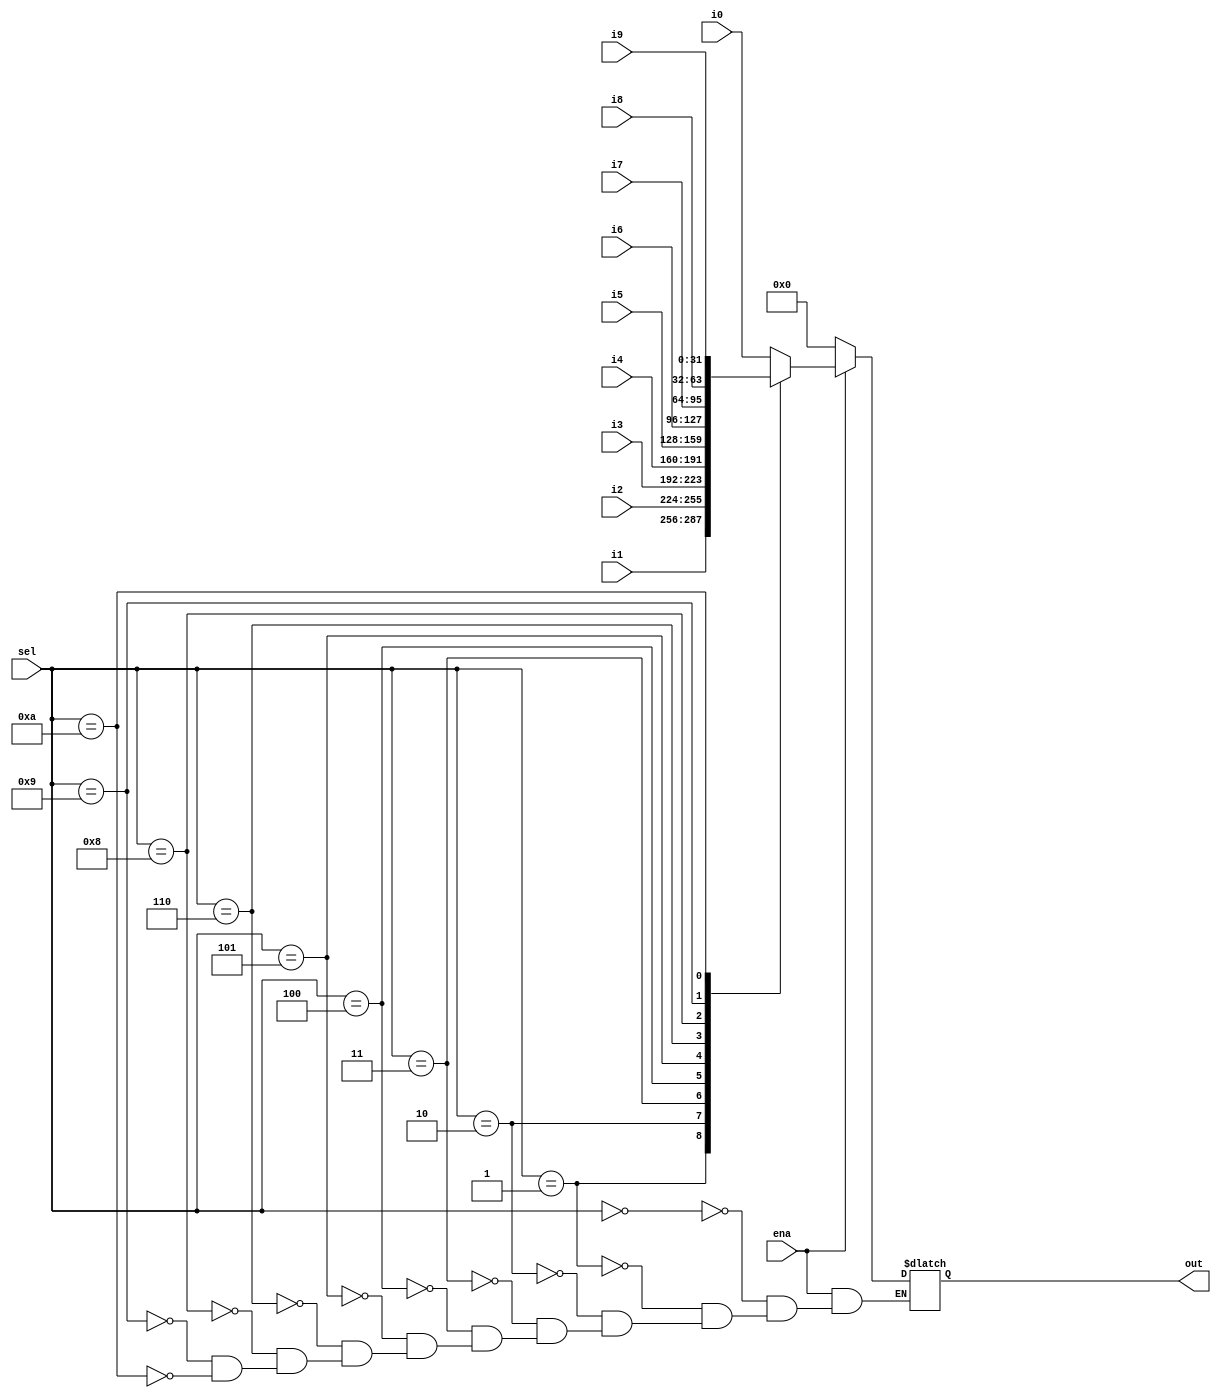
//==================================================================
// Systolic_Array_top module
//==================================================================
module row_mux
	#(parameter DATA_WIDTH = 32, DATA_SIZE = 8, DIM_SIZE = 4)
	(i0,
	 i1,
	 i2,
	 i3,
	 i4,
	 i5,
	 i6,
	 i7,
	 i8,
	 i9,
	 sel,
	 ena,
	 out); // port list
	
	//==================================================================
	// Declarations
	//==================================================================
	
	// I/O declarations
	input wire [DATA_WIDTH-1:0]i0; // 
	input wire [DATA_WIDTH-1:0]i1; // 
	input wire [DATA_WIDTH-1:0]i2; //
	input wire [DATA_WIDTH-1:0]i3; //
	input wire [DATA_WIDTH-1:0]i4; // 
	input wire [DATA_WIDTH-1:0]i5; // 
	input wire [DATA_WIDTH-1:0]i6; // 
	input wire [DATA_WIDTH-1:0]i7; // 
	input wire [DATA_WIDTH-1:0]i8; // 
	input wire [DATA_WIDTH-1:0]i9; // 
	input wire [3:0]sel; //write enable
	input wire ena; //write enable

	
	output reg [DATA_WIDTH-1:0]out; // done bit
	// end I/O declarations
	
	// inner wiring declarations

	// end inner wiring declarations
	
	//inner registers declarations

	initial begin
		
		out[DATA_WIDTH-1:0] = 0;
		
		
	end 
	
	//end inner registers declarations
	//assign initial values

	//end assigning initial values

	//==================================================================
	// End Declarations
	//==================================================================
	
	//==================================================================
	// Structural coding
	//==================================================================

	//==================================================================
	// End Structural coding
	//==================================================================
	
	
	//==================================================================
	// Structural Behavior
	//==================================================================
	
	always @ * begin
		case (sel)
		4'b0000: 
			out = i0;
		4'b0001 :
			out = i1;
		4'b0010: 
			out = i2;
		4'b0011 :
			out = i3;
		4'b0100: 
			out = i4;
		4'b0101 :
			out = i5;
		4'b0110: 
			out = i6;
		4'b1000 :
			out = i7;
		4'b1001 :
			out = i8;
		4'b1010 :
			out = i9;
		endcase
		if (!ena) begin
			out = 0;
		end
	end	
	//==================================================================
	// End Structural Behavior
	//==================================================================	

endmodule
//==================================================================
// End Systolic_Array_top module
//==================================================================